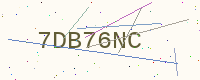
Text: 7DB76NC